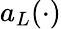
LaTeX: a_{L}(\cdot)